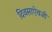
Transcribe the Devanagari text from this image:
दिवसाऐवजी